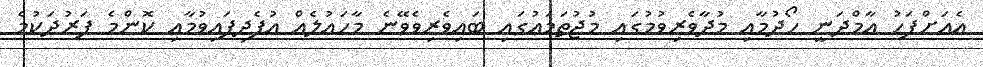
އެއަށްފަހު އާމްދަނީ ހޯދުމާއި މުދާވެރިވުމުގައި މުޖުތަމަޢުގައި ބައިވެރިވެވޭނެ މާހައުލެއް އުފެދިފައިވުމާއި ކޮންމެ ފަރުދަކުމެ